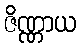
ဇိဏ္ဏာယ